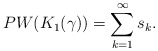
\begin{align*}PW(K_1(\gamma))=\sum_{k=1}^{\infty} s_k.\end{align*}